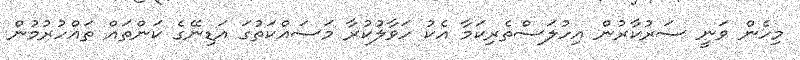
މިހެން ވަނީ ސަރުކާރުން އިހުލަސްތެރިކަމާ އެކު ހަވާލުކުރާ މަސައްކަތުގަ އަޑިނޭގެ ކަންތައް ތައްހުރުމުން